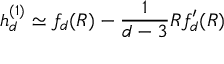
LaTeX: h _ { d } ^ { ( 1 ) } \simeq f _ { d } ( R ) - \frac { 1 } { d - 3 } R f _ { d } ^ { \prime } ( R )